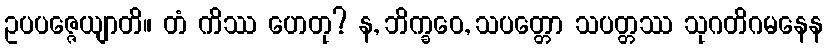
ဥပပဇ္ဇေယျာတိ။ တံ ကိဿ ဟေတု? န, ဘိက္ခဝေ, သပတ္တော သပတ္တဿ သုဂတိဂမနေန